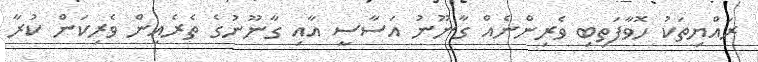
ރައްޔިތަކު ހޮވާފަތިބި ވެރިންނެއް ގާނޫނު އަސާސީ އާއި ގާނޫނުގެ ތެރެއިން ވެރިކަން ކުރާ